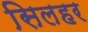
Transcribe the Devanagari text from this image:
सिलहर